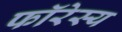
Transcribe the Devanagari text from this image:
फॉरेस्य